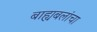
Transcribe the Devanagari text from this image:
बाह्यबलांचा